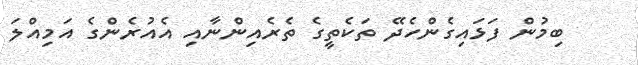
ބިމުން ފަޅައިގެންހެދޭ ތަކެތީގެ ތެރެއިންނާއި އެއުރެންގެ އަމިއްލަ